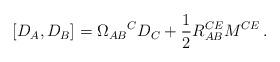
LaTeX: \begin{align*}[D_A,D_B]=\Omega_{AB}{}^CD_C+\frac{1}{2}R_{AB}^{CE}M^{CE}\,.\end{align*}